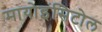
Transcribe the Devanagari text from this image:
मायोइंसिटोल